Scientific memoirs by medical officers of the Army of India - Part II,
Year: 1886
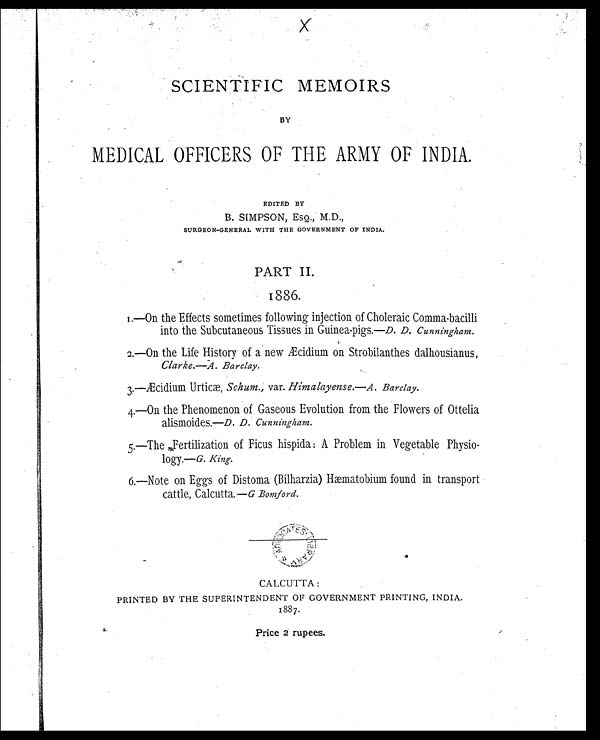
x
SCIENTIFIC MEMOIRS
BY
MEDICAL OFFICERS OF THE ARMY OF INDIA.
EDITED BY
B. SIMPSON, EsQ., M.D.,
SURGEON-GENERAL WITH THE GOVERNMENT OF INDIA.
PART II.
1886.
1.—On the Effects sometimes following injection of Choleraic Comma-bacilli
into the Subcutaneous Tissues in Guinea-pigs.— D. D. Cunningham.
2.—On the Life History of a new Æcidium on Strobilanthes dalhousianus,
Clarke.—A. Barclay.
3.—Æcidium Urticæ,Schur., var. Himalayense.—A. Barclay.
4.—On the Phenomenon of Gaseous Evolution from the Flowers of Ottelia
alismoides.—D. D. Cunningham.
5.—The Fertilization of Ficus hispida : A Problem in Vegetable Physio-
logy.—G. King.
6.—Note on Eggs of Distoma (Bilharzia) Hæmatobium found in transport
cattle, Calcutta. — G Bomford.
CALCUTTA:
PRINTED BY THE SUPERINTENDENT OF GOVERNMENT PRINTING, INDIA.
1887.
Price 2 rupees.